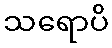
သရောပိ